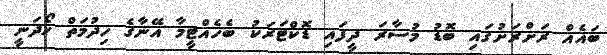
ބައެއް ރަށްރަށުގައި ބޮޑު މުސާރަ ދީފައި ޑޮކްޓަރަކު ބެހެއްޓީމާ އޭނާގެ ޚިދުމަތް ހޯދަނީ